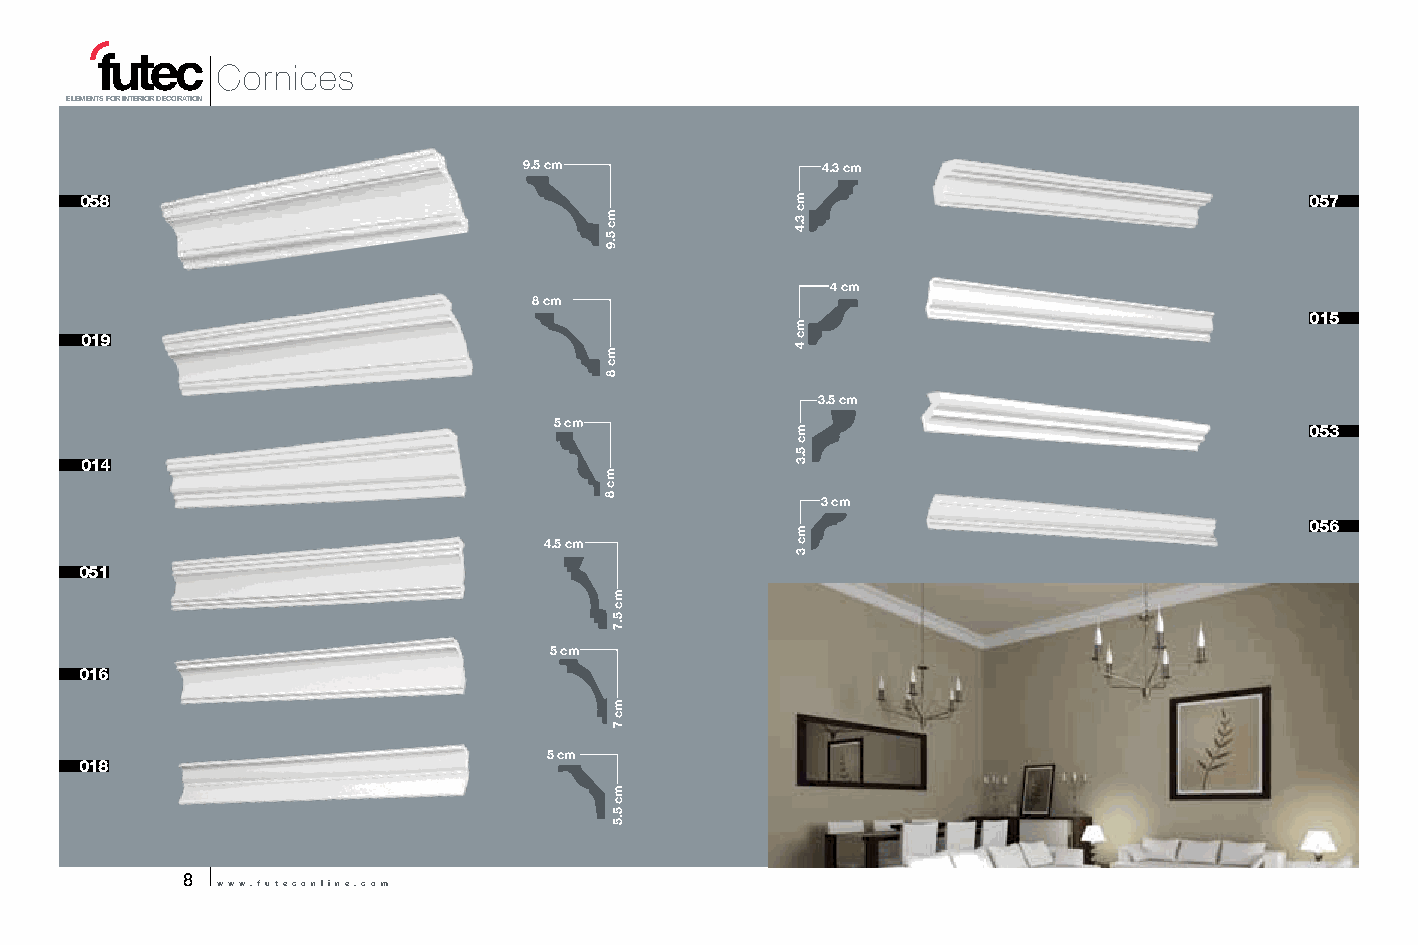
Cornices
 ELEMENTS FOR INTERIOR DECORATION
 9.5 cm             4.3 cm
 058                                                                               057
 4 cm
 8 cm
 015
 019
 3.5 cm
 5 cm
 053
 014
 3 cm
 056
 4.5 cm
 051
 5 cm
 016
 5 cm
 018
 8
 www.futeconline.com
 mc
 5.9
 mc
 8
 mc
 8
 mc
 5.7
 mc
 7
 mc
 5.5
 mc
 3.4
 mc
 4
 mc
 5.3
 mc
 3